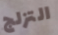
التزلج